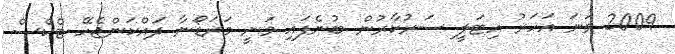
2009 ވަނަ އަހަރު އިޓަލީ ސަރުކާރުން ބުނެފައި ވަނީ މަރަޑޯނާ ދައްކަންޖެހޭ ޓެކްސް